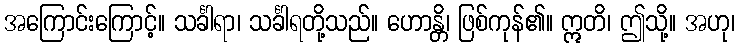
အကြောင်းကြောင့်။ သင်္ခါရာ၊ သင်္ခါရတို့သည်။ ဟောန္တိ၊ ဖြစ်ကုန်၏။ ဣတိ၊ ဤသို့။ အဟု၊